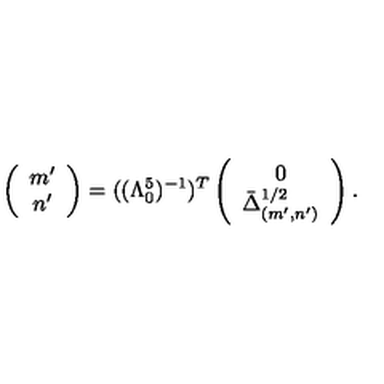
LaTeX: \left( \begin{array} { c } { m ^ { \prime } } \\ { n ^ { \prime } } \\ \end{array} \right) = ( ( \Lambda _ { 0 } ^ { 5 } ) ^ { - 1 } ) ^ { T } \left( \begin{array} { c } { 0 } \\ { \bar { \Delta } _ { ( m ^ { \prime } , n ^ { \prime } ) } ^ { 1 / 2 } } \\ \end{array} \right) .